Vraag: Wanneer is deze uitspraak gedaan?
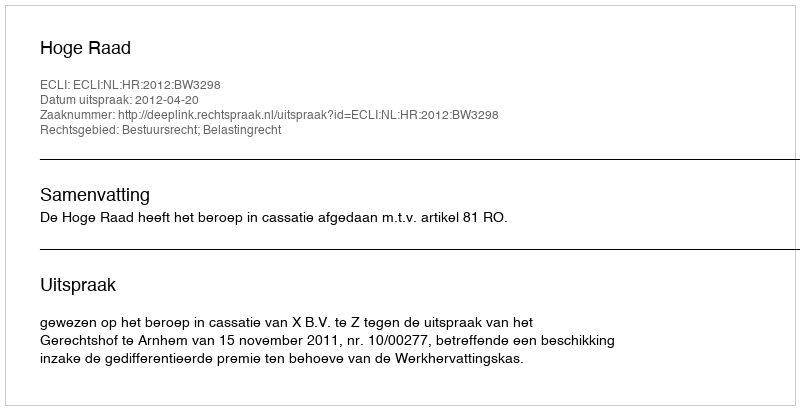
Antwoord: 2012-04-20